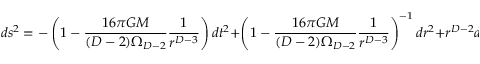
d s ^ { 2 } = - \left( 1 - \frac { 1 6 \pi { \cal G } M } { ( D - 2 ) \Omega _ { D - 2 } } \frac { 1 } { r ^ { D - 3 } } \right) d t ^ { 2 } + \left( 1 - \frac { 1 6 \pi { \cal G } M } { ( D - 2 ) \Omega _ { D - 2 } } \frac { 1 } { r ^ { D - 3 } } \right) ^ { - 1 } d r ^ { 2 } + r ^ { D - 2 } d \Omega _ { D - 2 } ^ { 2 } .